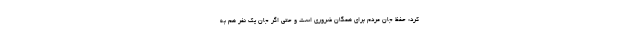
کرد: حفظ جان مردم برای همگان ضروری است و حتی اگر جان یک نفر هم به